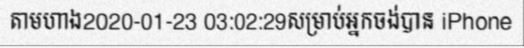
តាមហាង2020-01-23 03:02:29សម្រាប់អ្នកចង់បាន iPhone